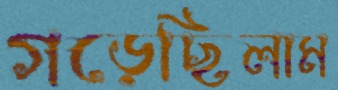
গড়েছিলাম